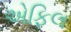
એફિલ